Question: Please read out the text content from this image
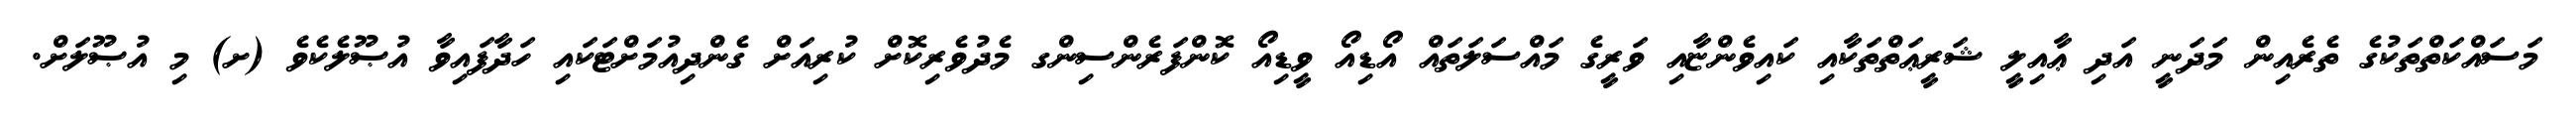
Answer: މަސައްކަތްތަކުގެ ތެރެއިން މަދަނީ އަދި ޢާއިލީ ޝަރީޢަތްތަކާއި ކައިވެންޏާއި ވަރީގެ މައްސަލަތައް އޯޑިއޯ ވީޑިއޯ ކޮންފަރެންސިންގ މެދުވެރިކޮށް ކުރިއަށް ގެންދިއުމަށްޓަކައި ހަދާފައިވާ އުޞޫލެކެވެ (ށ) މި އުޞޫލަށް.